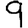
Digit: 9